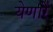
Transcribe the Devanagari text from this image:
येणारें